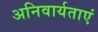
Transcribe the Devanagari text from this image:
अनिवार्यताएं